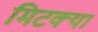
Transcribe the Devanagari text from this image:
मिटक्या